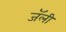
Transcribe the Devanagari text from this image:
जॅली